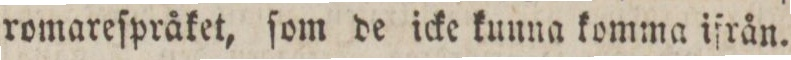
romareſpråket, ſom de icke kunna komma ifrån.